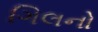
ગિલનો